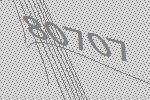
80707